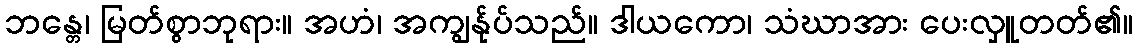
ဘန္တေ၊ မြတ်စွာဘုရား။ အဟံ၊ အကျွန်ုပ်သည်။ ဒါယကော၊ သံဃာအား ပေးလှူတတ်၏။